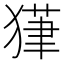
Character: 𱮔